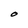
Character: O